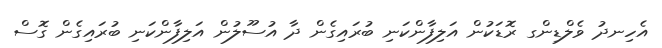
އެހިނދު ވެލްޑިންގ ރޮޑަކުން އަލިފާންކަނި ބުރައިގެން ދާ އުސޫލުން އަލިފާންކަނި ބުރައިގެން ގޮސް